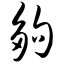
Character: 够